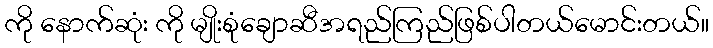
ကို နောက်ဆုံး ကို မျိုးစုံချောဆီအရည်ကြည်ဖြစ်ပါတယ်မောင်းတယ်။